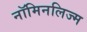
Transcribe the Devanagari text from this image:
नॉमिनलिज्म